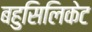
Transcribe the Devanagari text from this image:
बहुसिलिकेट